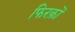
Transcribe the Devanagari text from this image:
फिरक़ों